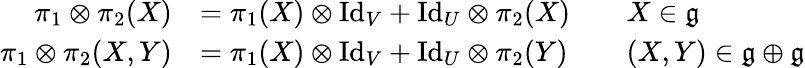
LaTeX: {\begin{array}{rlrl}{\pi_{1}\otimes\pi_{2}(X)}&{=\pi_{1}(X)\otimes\mathrm{Id}_{V}+\mathrm{Id}_{U}\otimes\pi_{2}(X)}&&{X\in{\mathfrak{g}}}\\ {\pi_{1}\otimes\pi_{2}(X,Y)}&{=\pi_{1}(X)\otimes\mathrm{Id}_{V}+\mathrm{Id}_{U}\otimes\pi_{2}(Y)}&&{(X,Y)\in{\mathfrak{g}}\oplus{\mathfrak{g}}}\end{array}}